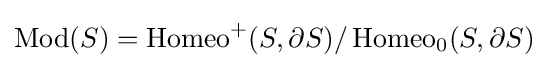
\operatorname {Mod} (S)=\operatorname {Homeo} ^{+}(S,\partial S)/\operatorname {Homeo} _{0}(S,\partial S)